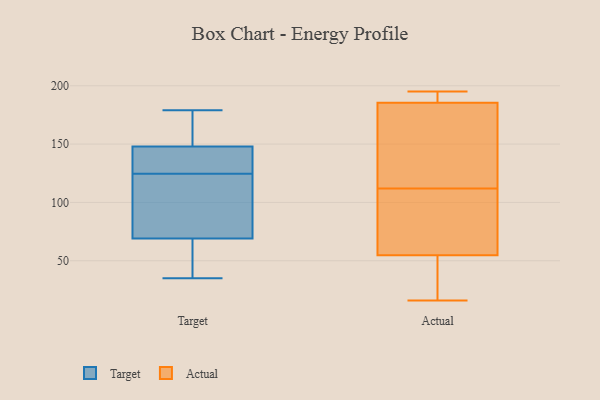
{"axis": {"x": "Churn Rate (%)", "y": "Value"}, "legend": ["Actual", "Target"], "data": [{"x": "", "y": 179, "type": "Target"}, {"x": "", "y": 126, "type": "Target"}, {"x": "", "y": 55, "type": "Target"}, {"x": "", "y": 86, "type": "Target"}, {"x": "", "y": 148, "type": "Target"}, {"x": "", "y": 35, "type": "Target"}, {"x": "", "y": 123, "type": "Target"}, {"x": "", "y": 83, "type": "Target"}, {"x": "", "y": 139, "type": "Target"}, {"x": "", "y": 154, "type": "Target"}, {"x": "", "y": 148, "type": "Target"}, {"x": "", "y": 44, "type": "Target"}, {"x": "", "y": 133, "type": "Actual"}, {"x": "", "y": 190, "type": "Actual"}, {"x": "", "y": 39, "type": "Actual"}, {"x": "", "y": 184, "type": "Actual"}, {"x": "", "y": 160, "type": "Actual"}, {"x": "", "y": 112, "type": "Actual"}, {"x": "", "y": 84, "type": "Actual"}, {"x": "", "y": 68, "type": "Actual"}, {"x": "", "y": 16, "type": "Actual"}, {"x": "", "y": 192, "type": "Actual"}, {"x": "", "y": 31, "type": "Actual"}, {"x": "", "y": 195, "type": "Actual"}, {"x": "", "y": 60, "type": "Actual"}]}